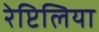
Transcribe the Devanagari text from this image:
रेप्टिलिया